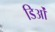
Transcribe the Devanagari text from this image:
डिओं